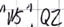
Text: "WS".Q2